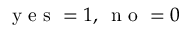
\mathrm { ~ y ~ e ~ s ~ } = 1 , \, \mathrm { ~ n ~ o ~ } = 0